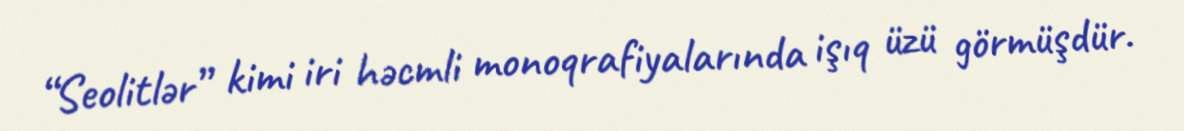
“Seolitlər” kimi iri həcmli monoqrafiyalarında işıq üzü görmüşdür.